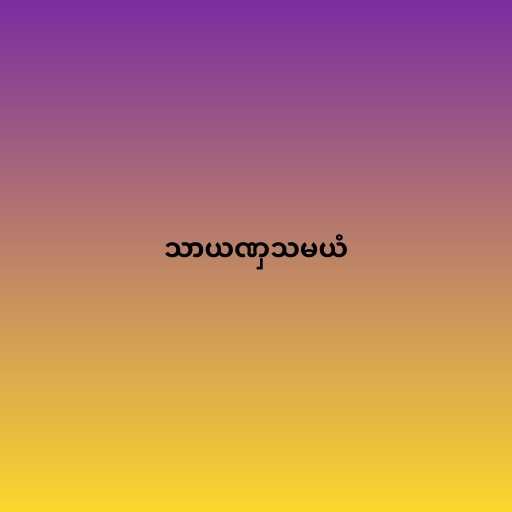
သာယဏှသမယံ